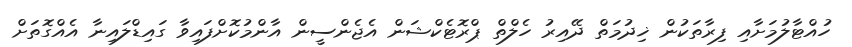
ހުއްޓާލުމަށާއި ފިރާތަކުން ޚިދުމަތް ދޭއިރު ހެލްތް ޕްރޮޓެކްޝަން އެޖެންސީން އާންމުކޮށްފައިވާ ގައިޑްލައިނާ އެއްގޮތަށް